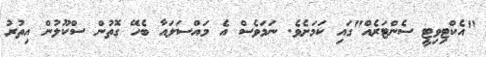
"އެކްޓިވިޓީ ސެންޓަރެއް"ގައި ކަމަށެވެ. ނަމަވެސް އެ މައްސަލައާ ބެހޭ ގޮތުން ސްކޫލުން އިތުރު